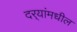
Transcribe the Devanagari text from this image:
दर्‍यांमधील